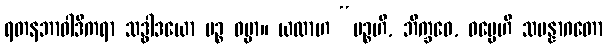
ရတနဘာဝါဒိကရာ သဒ္ဓါဒယော ပဉ္စ ဓမ္မာ။ ယထာဟ “ပဉ္စဟိ, ဘိက္ခဝေ, ဓမ္မေဟိ သမန္နာဂတော